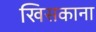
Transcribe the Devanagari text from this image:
खिसकाना